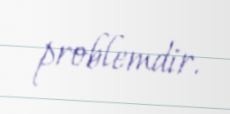
problemdir.